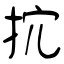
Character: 抭